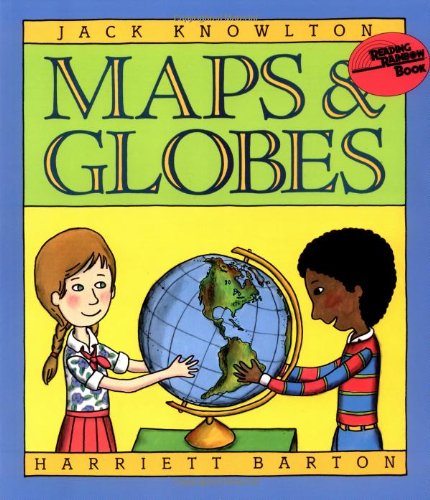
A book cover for Maps and Globes (Reading Rainbow Book); Jack Knowlton; Children's Books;